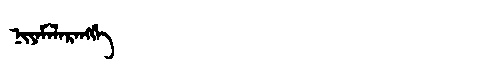
Manchu: ᠨᡳᠶᠠᠮᠠᠯᠠᡵᠠᠩᡤᡝ
Romanization: NIYAMALARANGGE